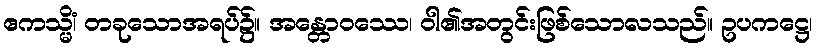
ဧကသ္မိံ၊ တခုသောအရပ်၌။ အန္တောဝဿေ၊ ဝါ၏အတွင်းဖြစ်သောလသည်။ ဥပကဋ္ဌေ၊